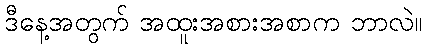
ဒီနေ့အတွက် အထူးအစားအစာက ဘာလဲ။